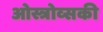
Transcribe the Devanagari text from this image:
ओस्त्रोव्सकी